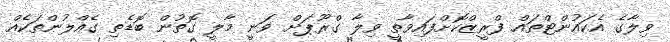
ވިލާގެ އެކައުންޓްތައް ފްރީޒްކޮށްފައިވާތީ ވިލާ ގްރޫޕަށް ވަނީ މާލީ ގޮތުން ބޮޑެތި ގެއްލުންތަކެއް